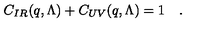
C _ { I R } ( q , \Lambda ) + C _ { U V } ( q , \Lambda ) = 1 \quad .